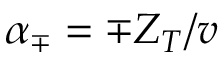
{ \alpha _ { \mp } = \mp Z _ { T } / v }